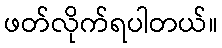
ဖတ်လိုက်ရပါတယ်။